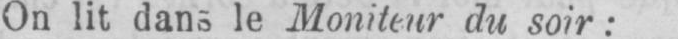
On lit dans le Moniteur du soir: